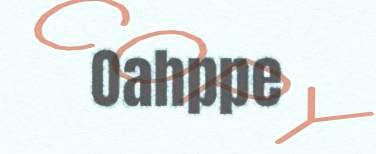
Oahppe